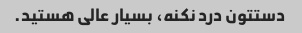
دستتون درد نکنه، بسیار عالی هستید.